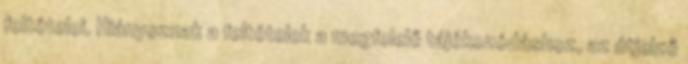
feltételei. Hiányoznak a feltételek a megfelelő tájékozódáshoz, az útjelző